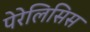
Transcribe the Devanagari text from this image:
पेरेलिसिस